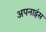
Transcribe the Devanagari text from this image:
अपनाइंस